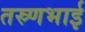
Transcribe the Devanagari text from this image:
तस्र्णभाई